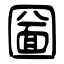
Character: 圙